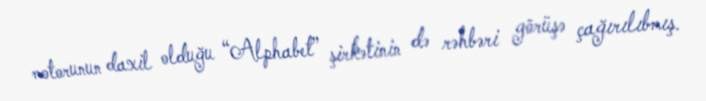
motorunun daxil olduğu “Alphabet” şirkətinin də rəhbəri görüşə çağırılıbmış.